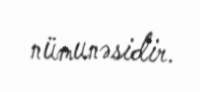
nümunəsidir.